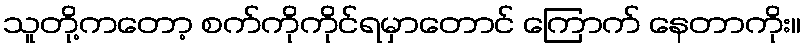
သူတို့ကတော့ စက်ကိုကိုင်ရမှာတောင် ကြောက် နေတာကိုး။